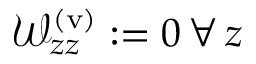
\mathcal { W } _ { z z } ^ { \mathrm { ( v ) } } \mathrel { \mathop : } = 0 \, \forall \, z